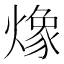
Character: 𭶆